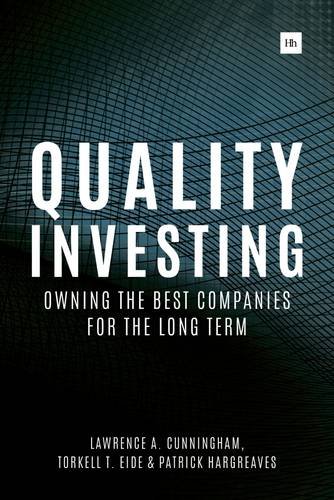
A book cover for Quality Investing: Owning the Best Companies for the Long Term; Lawrence A. Cunningham; Business & Money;